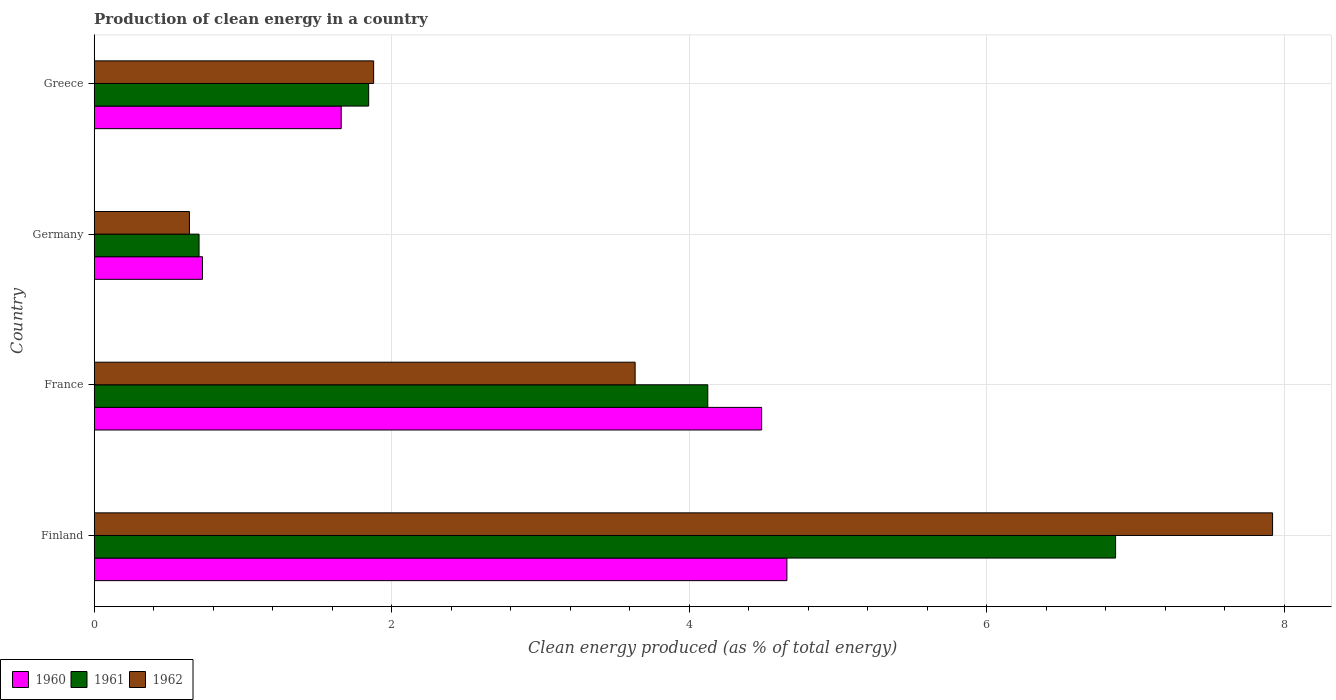
| Country | 1960 | 1961 | 1962 |
 | --- | --- | --- | --- |
 | Finland | 4.66 | 6.87 | 7.92 |
 | France | 4.49 | 4.12 | 3.64 |
 | Germany | 0.728 | 0.705 | 0.64 |
 | Greece | 1.66 | 1.84 | 1.88 |